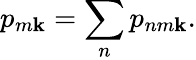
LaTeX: p_{m\mathbf{k}}=\sum_{n}p_{nm\mathbf{k}}.